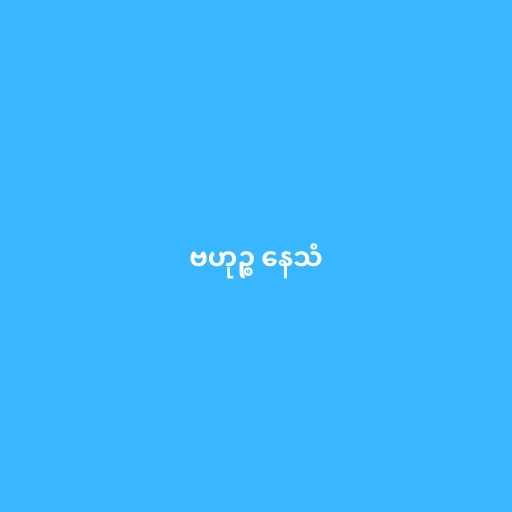
ဗဟုဉ္စ နေသံ